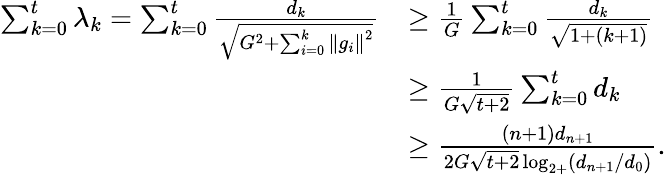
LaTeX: \begin{array}{rl}{\sum_{k=0}^{t}\lambda_{k}=\sum_{k=0}^{t}\frac{d_{k}}{\sqrt{G^{2}+\sum_{i=0}^{k}\left\Vert g_{i}\right\Vert^{2}}}}&{\geq\frac{1}{G}\sum_{k=0}^{t}\frac{d_{k}}{\sqrt{1+(k+1)}}}\\ &{\ge\frac{1}{G\sqrt{t+2}}\sum_{k=0}^{t}d_{k}}\\ &{\geq\frac{\left(n+1\right)d_{n+1}}{2G\sqrt{t+2}\log_{2+}(d_{n+1}/d_{0})}.}\end{array}